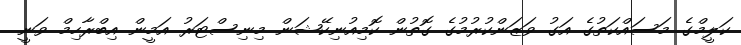
ކަލީމްގެ މަސައްކަތުގެ އަގު ވަޒަންކުރުމުގެ ގޮތުން ކޮމިއުނިކޭޝަން މިނިސްޓަރު އަމީން އިބްރާހިމް ވަނީ